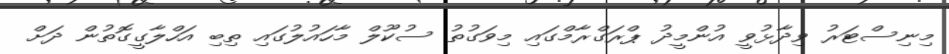
މިނިސްޓަރު ވިދާޅުވީ އުންމީދު ޕްރަގްރާމްގައި މިވަގުތު ސުކޫލް މާހައުލުގައި ތިބި އަހްލާގީގޮތުން ދަށް